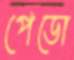
পেডো